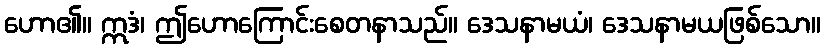
ဟော၏။ ဣဒံ၊ ဤဟောကြောင်းစေတနာသည်။ ဒေသနာမယံ၊ ဒေသနာမယဖြစ်သော။